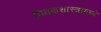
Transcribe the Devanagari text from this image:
मिथकशास्त्रामध्ये